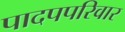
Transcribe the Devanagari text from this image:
पादपपरिवार